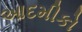
આદમીકો